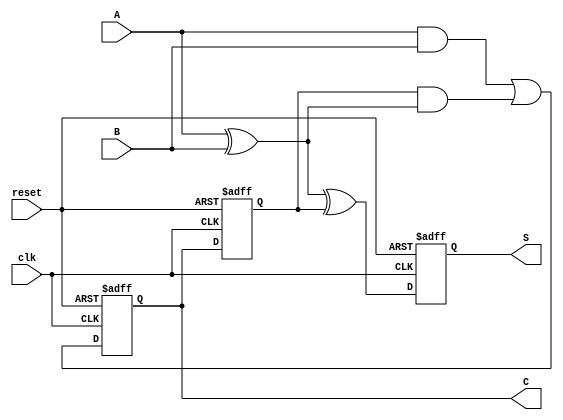
module sequential_half_adder (
    input wire A,          // First input bit
    input wire B,          // Second input bit
    input wire clk,        // Clock signal
    input wire reset,      // Reset signal
    output reg S,         // Sum output
    output reg C          // Carry output
);

    // Internal registers to hold the previous state of sum and carry
    reg prev_sum;
    reg prev_carry;

    // Sequential logic to update sum and carry on clock edge
    always @(posedge clk or posedge reset) begin
        if (reset) begin
            // Reset the outputs to zero
            S <= 1'b0;
            C <= 1'b0;
            prev_sum <= 1'b0;
            prev_carry <= 1'b0;
        end else begin
            // Compute the new sum and carry
            S <= A ^ B ^ prev_carry; // Sum is XOR of A, B and previous carry
            C <= (A & B) | (prev_carry & (A ^ B)); // Carry is generated from A, B and previous carry
            
            // Update previous state
            prev_sum <= S;
            prev_carry <= C;
        end
    end

endmodule